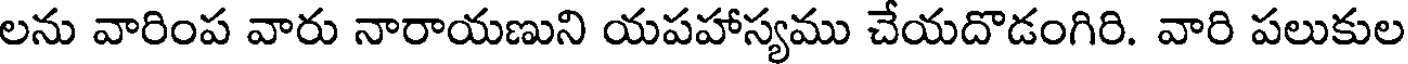
లను వారింప వారు నారాయణుని యపహాస్యము చేయదొడంగిరి. వారి పలుకుల